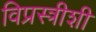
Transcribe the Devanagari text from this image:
विप्रस्त्रीशी